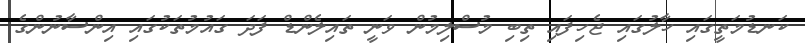
ކަނޑުމަތީގައި ހާލުގައި ޖެހިފައި ތިބި މުސްލިމުން ވަނީ ތައިލެންޑް ފަދަ ގައުމުތަކުގައި އިންސާނުންގެ